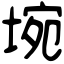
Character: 埦